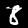
Digit: 8